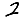
Digit: 2